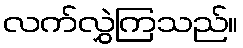
လက်လွှဲကြသည်။